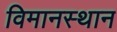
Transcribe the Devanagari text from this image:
विमानस्थान